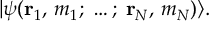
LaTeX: | \psi ( \mathbf { r } _ { 1 } , \, m _ { 1 } ; \; \dots ; \; \mathbf { r } _ { N } , \, m _ { N } ) \rangle .